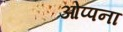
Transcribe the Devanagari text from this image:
ओप्पना